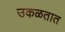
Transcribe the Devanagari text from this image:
उकळतात